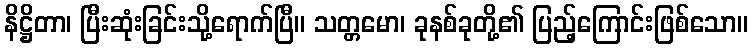
နိဋ္ဌိတာ၊ ပြီးဆုံးခြင်းသို့ရောက်ပြီ။ သတ္တမော၊ ခုနစ်ခုတို့၏ ပြည့်ကြောင်းဖြစ်သော။